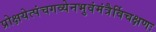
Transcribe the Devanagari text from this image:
प्रोक्षयेत्पंचगव्येनभुवंमंत्रैर्विचक्षणः